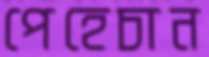
পেহেচান